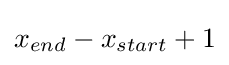
x_{end}-x_{start}+1